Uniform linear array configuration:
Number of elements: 64
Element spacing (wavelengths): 0.5
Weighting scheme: kaiser
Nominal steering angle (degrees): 0
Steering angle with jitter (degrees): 1.404
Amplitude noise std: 0.05
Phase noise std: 0.05

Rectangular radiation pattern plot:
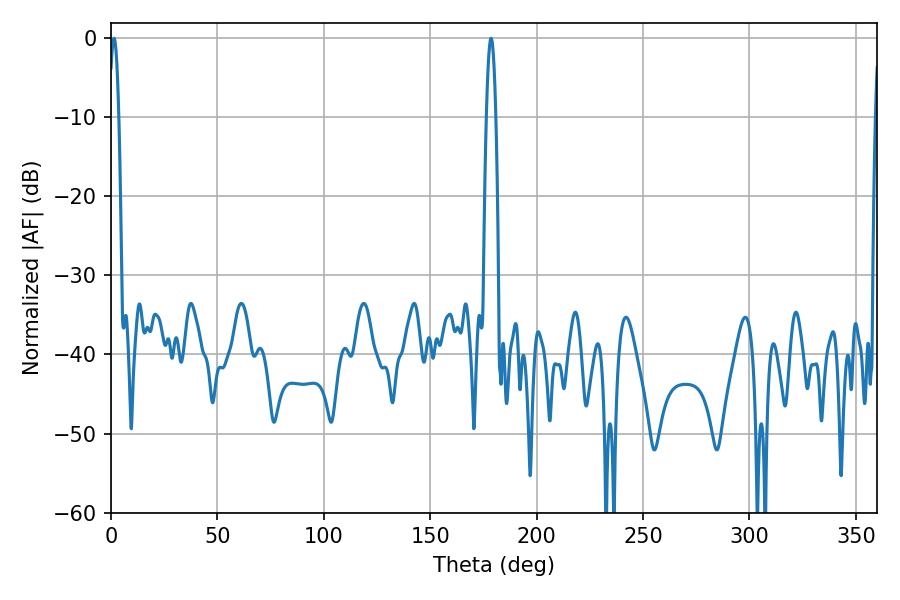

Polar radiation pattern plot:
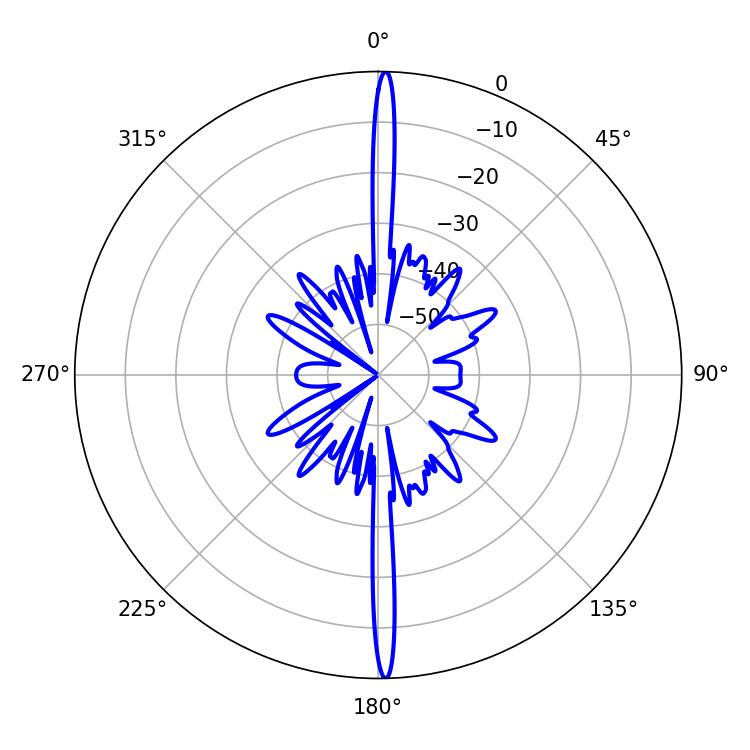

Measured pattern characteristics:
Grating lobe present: FALSE
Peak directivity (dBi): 29.181
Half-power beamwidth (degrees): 2.34
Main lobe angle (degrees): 1.44